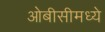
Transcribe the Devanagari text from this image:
ओबीसीमध्ये